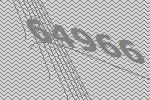
64966